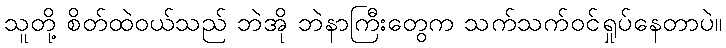
သူတို့ စိတ်ထဲဝယ်သည် ဘဲအို ဘဲနာကြီးတွေက သက်သက်ဝင်ရှုပ်နေတာပဲ။